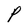
Character: P